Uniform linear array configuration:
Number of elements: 4
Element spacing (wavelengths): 0.25
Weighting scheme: blackman
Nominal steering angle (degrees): -60
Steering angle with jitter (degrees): -61.93
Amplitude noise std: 0.05
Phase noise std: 0.05

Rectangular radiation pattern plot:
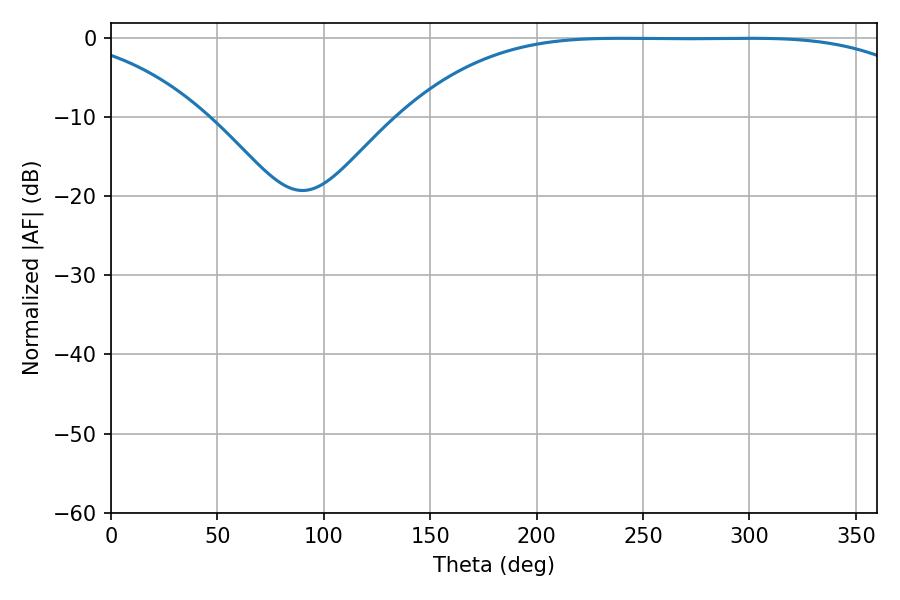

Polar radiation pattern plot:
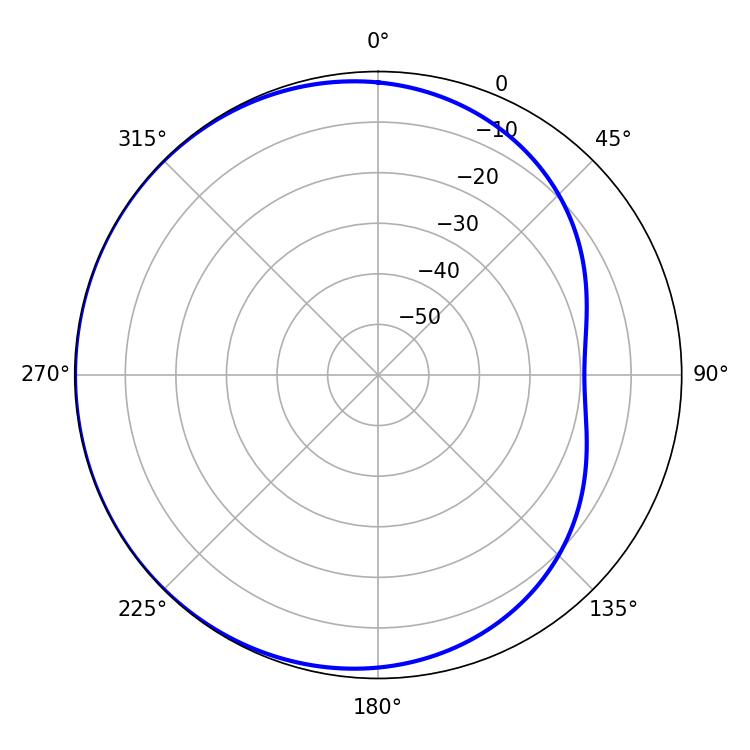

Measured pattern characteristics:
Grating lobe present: FALSE
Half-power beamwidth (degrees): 187.92
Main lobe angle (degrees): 239.4